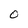
Character: O